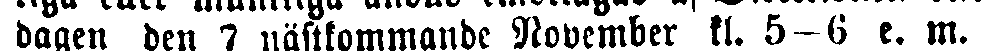
dagen den 7 nästtommandc November kl. 5-6 e. m.